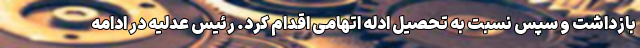
بازداشت و سپس نسبت به تحصیل ادله اتهامی اقدام کرد. رئیس عدلیه در ادامه